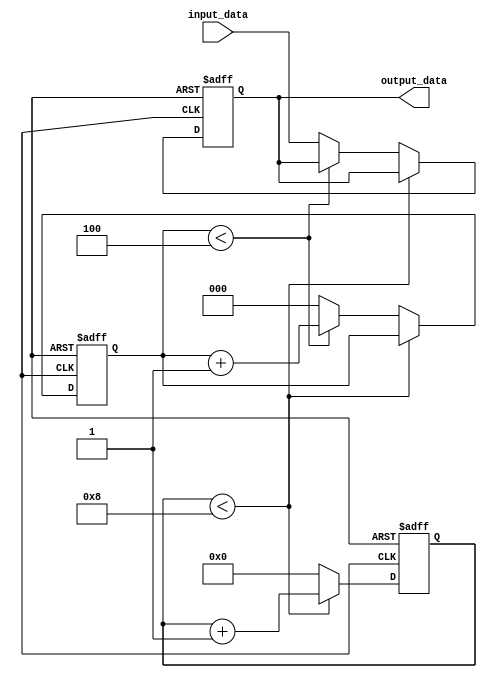
module Loop_with_multiple_iterators (
    input [7:0] input_data,
    output reg [7:0] output_data
);

reg [3:0] iterator1;
reg [2:0] iterator2;

always @ (posedge clk or posedge reset) begin
    if (reset) begin
        iterator1 <= 0;
        iterator2 <= 0;
        output_data <= 0;
    end else begin
        if (iterator1 < 8) begin
            iterator1 <= iterator1 + 1;
        end else begin
            iterator1 <= 0;
            if (iterator2 < 4) begin
                iterator2 <= iterator2 + 1;
            end else begin
                iterator2 <= 0;
                output_data <= input_data;
            end
        end
    end
end

endmodule